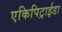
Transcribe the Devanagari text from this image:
एकिपिट्राईडा